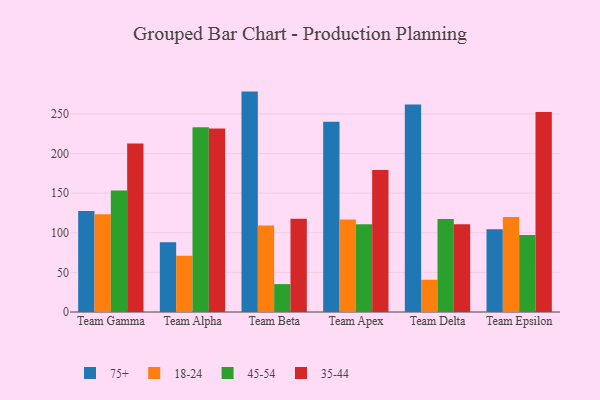
{"axis": {"x": "Team", "y": "Operating Costs (USD K)"}, "legend": ["18-24", "35-44", "45-54", "75+"], "data": [{"x": "Team Gamma", "y": 127.3, "type": "75+"}, {"x": "Team Gamma", "y": 123.2, "type": "18-24"}, {"x": "Team Gamma", "y": 153.3, "type": "45-54"}, {"x": "Team Gamma", "y": 212.7, "type": "35-44"}, {"x": "Team Alpha", "y": 88.1, "type": "75+"}, {"x": "Team Alpha", "y": 71.1, "type": "18-24"}, {"x": "Team Alpha", "y": 233.0, "type": "45-54"}, {"x": "Team Alpha", "y": 231.4, "type": "35-44"}, {"x": "Team Beta", "y": 278.1, "type": "75+"}, {"x": "Team Beta", "y": 109.0, "type": "18-24"}, {"x": "Team Beta", "y": 35.2, "type": "45-54"}, {"x": "Team Beta", "y": 117.8, "type": "35-44"}, {"x": "Team Apex", "y": 240.0, "type": "75+"}, {"x": "Team Apex", "y": 116.8, "type": "18-24"}, {"x": "Team Apex", "y": 110.8, "type": "45-54"}, {"x": "Team Apex", "y": 179.2, "type": "35-44"}, {"x": "Team Delta", "y": 261.7, "type": "75+"}, {"x": "Team Delta", "y": 40.7, "type": "18-24"}, {"x": "Team Delta", "y": 117.4, "type": "45-54"}, {"x": "Team Delta", "y": 110.7, "type": "35-44"}, {"x": "Team Epsilon", "y": 104.3, "type": "75+"}, {"x": "Team Epsilon", "y": 119.8, "type": "18-24"}, {"x": "Team Epsilon", "y": 97.1, "type": "45-54"}, {"x": "Team Epsilon", "y": 252.3, "type": "35-44"}]}